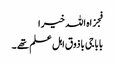
فجزاہ اللہ خیرا
بابا جی باذوق اہل علم تھے ۔